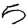
Digit: 5